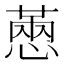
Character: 𢟮